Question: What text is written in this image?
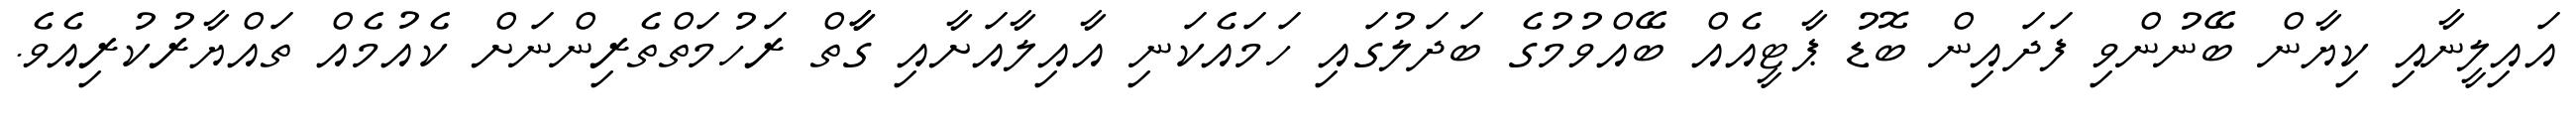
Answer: އައިލީނާއި ކިޔާން ބޭނުންވި ފަދައިން ބޮޑު ޕާޓީއެއް ބޭއްވުމުގެ ބަދަލުގައި ހަމައެކަނި އާއިލާއަށާއި ގާާތް ރަހުމަތްތެރިންނަށް ކެއުމެއް ތައްޔާރުކުރިއެވެ.